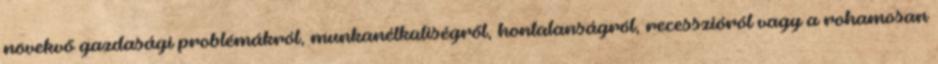
növekvő gazdasági problémákról, munkanélküliségről, hontalanságról, recesszióról vagy a rohamosan